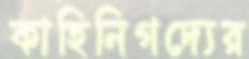
কাহিনিগদ্যের